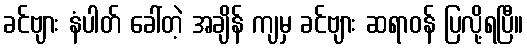
ခင်ဗျား နံပါတ် ခေါ်တဲ့ အချိန် ကျမှ ခင်ဗျား ဆရာဝန် ပြလို့ရပြီ။